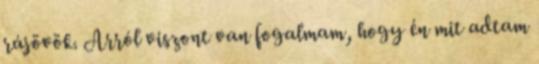
rájövök. Arról viszont van fogalmam, hogy én mit adtam